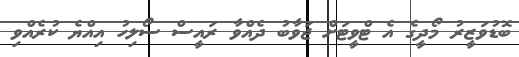
ބޮޑުވަޒީރު މޯދީގެ އެ ޓްވީޓަށް ޖަވާބު ދެއްވާ ރައީސް ސޯލިހު އިއްޔެ ކުރެއްވި